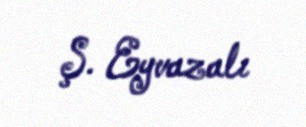
Ş. Eyvazalı